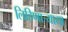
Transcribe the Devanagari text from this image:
लिहिणार्‍याया